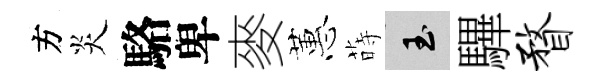
方炎駱卑麥蕙蒔玉驆瞀